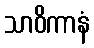
သာဝိကာနံ